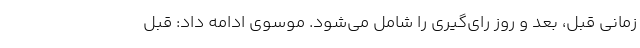
زمانی قبل، بعد و روز رای‌گیری را شامل می‌شود. موسوی ادامه داد: قبل